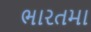
ભારતમા